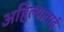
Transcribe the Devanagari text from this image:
अहिल्याताई